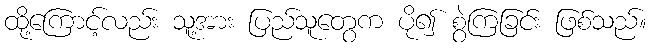
ထို့ကြောင့်လည်း သူ့အား ပြည်သူတွေက ပို၍ စွဲကြခြင်း ဖြစ်သည်။